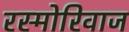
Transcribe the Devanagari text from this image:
रस्मोरिवाज